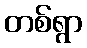
တစ်ရွာ